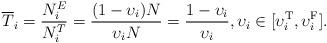
LaTeX: \begin{align*}\overline{T}_i = \frac{N^E_i}{N^T_i} = \frac{(1-\upsilon_i)N}{\upsilon_i N} = \frac{1-\upsilon_i}{\upsilon_i}, \upsilon_i\in [\upsilon^\textrm{T}_i, \upsilon^\textrm{F}_i].\end{align*}